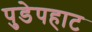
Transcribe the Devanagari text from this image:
पुडेपहाट